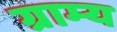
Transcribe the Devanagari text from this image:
ग्राम्‍य